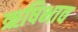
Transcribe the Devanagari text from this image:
ऋषिभाव